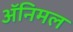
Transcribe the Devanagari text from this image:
अॅनिमल